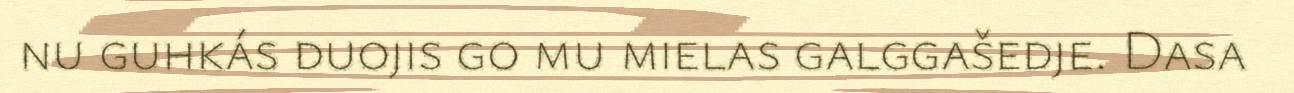
nu guhkás duojis go mu mielas galggašedje. Dasa